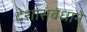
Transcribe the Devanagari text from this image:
देशासंबंधाने